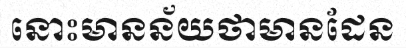
នោះមានន័យថាមានដែន